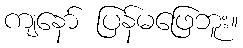
ကျနော် ပြန်မဖြေဘူး။